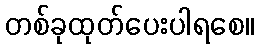
တစ်ခုထုတ်ပေးပါရစေ။